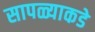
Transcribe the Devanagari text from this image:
सापळ्याकडे